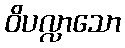
ဝိပလ္လာသော